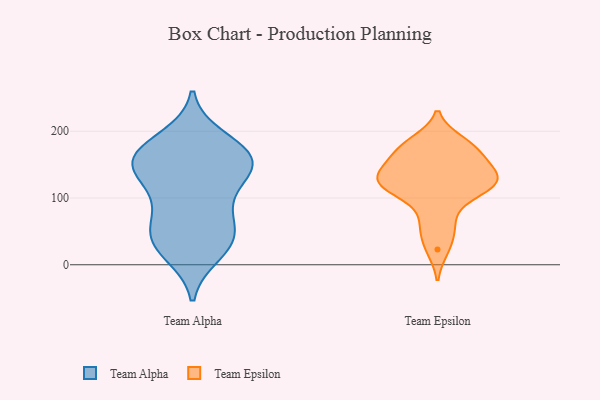
{"axis": {"x": "Operating Costs (USD K)", "y": "Value"}, "legend": ["Team Alpha", "Team Epsilon"], "data": [{"x": "", "y": 157, "type": "Team Alpha"}, {"x": "", "y": 35, "type": "Team Alpha"}, {"x": "", "y": 176, "type": "Team Alpha"}, {"x": "", "y": 57, "type": "Team Alpha"}, {"x": "", "y": 142, "type": "Team Alpha"}, {"x": "", "y": 162, "type": "Team Alpha"}, {"x": "", "y": 166, "type": "Team Alpha"}, {"x": "", "y": 29, "type": "Team Alpha"}, {"x": "", "y": 189, "type": "Team Alpha"}, {"x": "", "y": 150, "type": "Team Alpha"}, {"x": "", "y": 17, "type": "Team Alpha"}, {"x": "", "y": 140, "type": "Team Alpha"}, {"x": "", "y": 96, "type": "Team Alpha"}, {"x": "", "y": 38, "type": "Team Alpha"}, {"x": "", "y": 61, "type": "Team Alpha"}, {"x": "", "y": 100, "type": "Team Alpha"}, {"x": "", "y": 145, "type": "Team Alpha"}, {"x": "", "y": 106, "type": "Team Epsilon"}, {"x": "", "y": 184, "type": "Team Epsilon"}, {"x": "", "y": 133, "type": "Team Epsilon"}, {"x": "", "y": 127, "type": "Team Epsilon"}, {"x": "", "y": 178, "type": "Team Epsilon"}, {"x": "", "y": 110, "type": "Team Epsilon"}, {"x": "", "y": 50, "type": "Team Epsilon"}, {"x": "", "y": 149, "type": "Team Epsilon"}, {"x": "", "y": 68, "type": "Team Epsilon"}, {"x": "", "y": 118, "type": "Team Epsilon"}, {"x": "", "y": 123, "type": "Team Epsilon"}, {"x": "", "y": 173, "type": "Team Epsilon"}, {"x": "", "y": 143, "type": "Team Epsilon"}, {"x": "", "y": 128, "type": "Team Epsilon"}, {"x": "", "y": 23, "type": "Team Epsilon"}, {"x": "", "y": 169, "type": "Team Epsilon"}]}